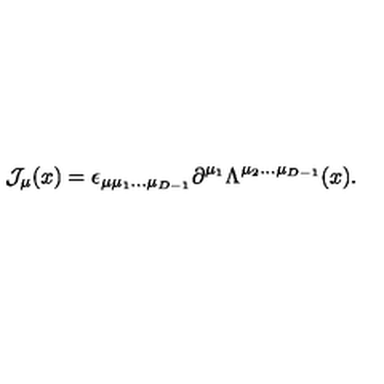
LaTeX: { \cal J } _ { \mu } ( x ) = \epsilon _ { \mu \mu _ { 1 } . . . \mu _ { D - 1 } } \partial ^ { \mu _ { 1 } } \Lambda ^ { \mu _ { 2 } . . . \mu _ { D - 1 } } ( x ) .